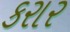
કરાર